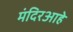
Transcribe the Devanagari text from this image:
मंदिरआहे